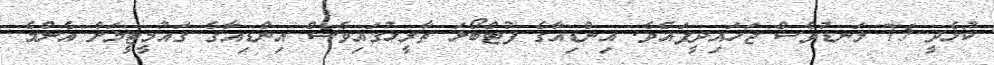
ކުޅެދީ 75 ލަނޑުވެސް ޖަހައިދީފައެވެ. އިންޑިއާގެ ފުޓްބޯޅަ ތާރީޚުގައިވެސް އިންޑިއާގެ ގައުމީޓީމަށް އެންމެ